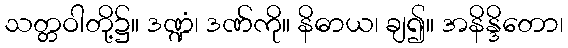
သတ္တဝါတို့၌။ ဒဏ္ဍံ၊ ဒဏ်ကို။ နိဓာယ၊ ချ၍။ အနိန္ဒိတော၊